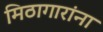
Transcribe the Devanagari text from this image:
मिठागारांना